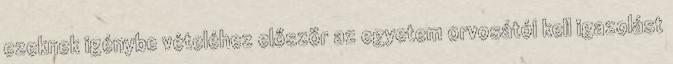
ezeknek igénybe vételéhez először az egyetem orvosától kell igazolást